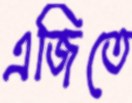
এজিতে